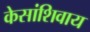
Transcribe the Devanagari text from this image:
केसांशिवाय